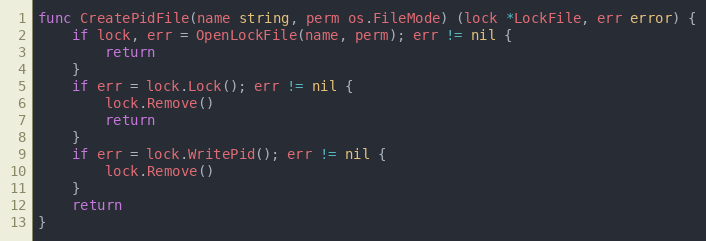
Language: Go
func CreatePidFile(name string, perm os.FileMode) (lock *LockFile, err error) {
	if lock, err = OpenLockFile(name, perm); err != nil {
		return
	}
	if err = lock.Lock(); err != nil {
		lock.Remove()
		return
	}
	if err = lock.WritePid(); err != nil {
		lock.Remove()
	}
	return
}